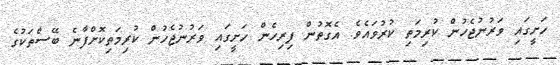
ހަށީގައި ވަރުނުޖެހުން ކުރިމަތި ކުރުވައެވެ. އެގޮތުން ފިރިހެން ހަށީގައި ވަރުނުޖެހުން ކުރިމަތިކޮށްފާނެ ބޭސްތަކުގެ